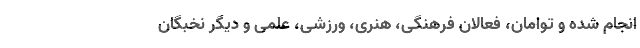
انجام شده و توامان، فعالان فرهنگی، هنری، ورزشی، علمی و دیگر نخبگان